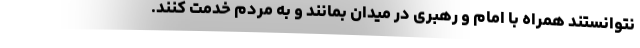
نتوانستند همراه با امام و رهبری در میدان بمانند و به مردم خدمت کنند.